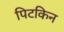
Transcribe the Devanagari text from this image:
पिटकिन